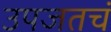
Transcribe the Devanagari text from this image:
उपजतचं